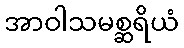
အာဝါသမစ္ဆရိယံ